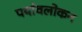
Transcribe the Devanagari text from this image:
पर्यावलोकन